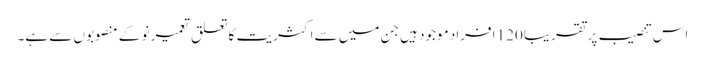
اس تنصیب پر تقریباً 120 افراد موجود ہیں جن میں سے اکثریت کا تعلق تعمیر نو کے منصوبوں سے ہے۔